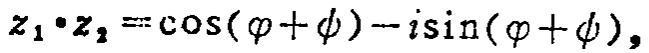
\(z_{1}\cdot z_{2}=\cos(\varphi +\phi)-i\sin(\varphi +\phi)\)